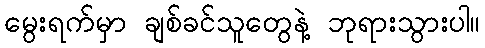
မွေးရက်မှာ ချစ်ခင်သူတွေနဲ့ ဘုရားသွားပါ။